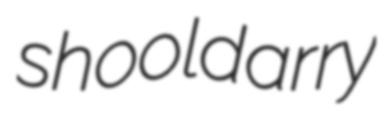
shooldarry